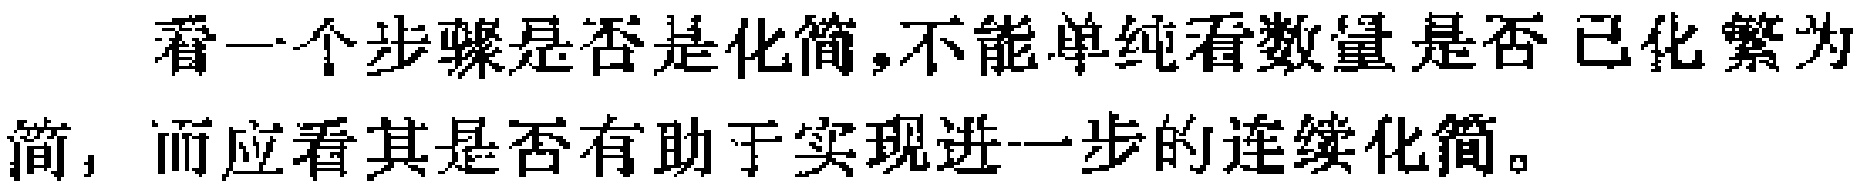
看一个步骤是否是化简,不能单纯看数量是否已化繁为简，而应看其是否有助于实现进一步的连续化简。